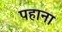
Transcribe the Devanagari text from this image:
पहाना